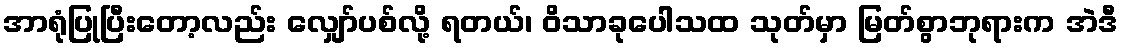
အာရုံပြုပြီးတော့လည်း လျှော်ပစ်လို့ ရတယ်၊ ဝိသာခုပေါသထ သုတ်မှာ မြတ်စွာဘုရားက အဲဒီ